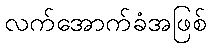
လက်အောက်ခံအဖြစ်